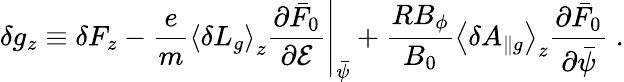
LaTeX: \delta g_{z}\equiv\delta F_{z}-\left.\frac{e}{m}\left\langle\delta L_{g}\right\rangle_{z}\frac{\partial\bar{F}_{0}}{\partial\mathcal{E}}\right|_{\bar{\psi}}+\frac{RB_{\phi}}{B_{0}}\left\langle\delta A_{\| g}\right\rangle_{z}\frac{\partial\bar{F}_{0}}{\partial\bar{\psi}}\; .